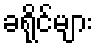
ခရိုင်များ